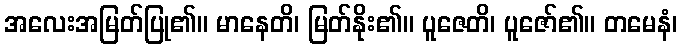
အလေးအမြတ်ပြု၏။ မာနေတိ၊ မြတ်နိုး၏။ ပူဇေတိ၊ ပူဇော်၏။ တမေနံ၊